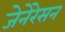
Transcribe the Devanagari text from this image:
जेनेरेसन